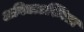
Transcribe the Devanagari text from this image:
अविद्याऽस्मिता